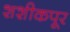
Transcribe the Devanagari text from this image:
शशीकपूर